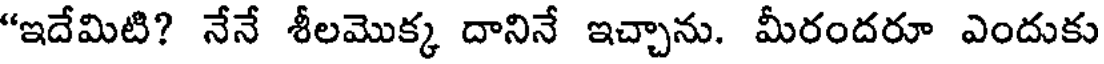
"ఇదేమిటి? నేనే శీలమొక్క దానినే ఇచ్చాను. మీరందరూ ఎందుకు